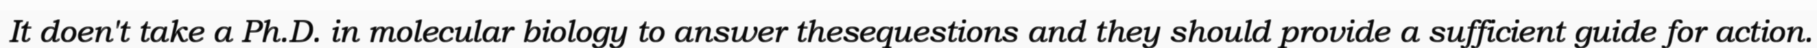
It doen't take a Ph.D. in molecular biology to answer thesequestions and they should provide a sufficient guide for action.